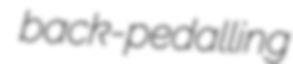
back-pedalling